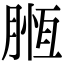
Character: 𣎄